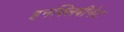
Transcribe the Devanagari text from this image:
इनफ्लिबीनेट